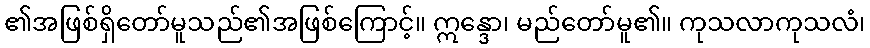
၏အဖြစ်ရှိတော်မူသည်၏အဖြစ်ကြောင့်။ ဣန္ဒော၊ မည်တော်မူ၏။ ကုသလာကုသလံ၊